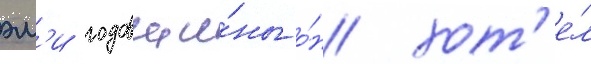
эм'и годовщи́ны о́н хот'е́л